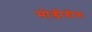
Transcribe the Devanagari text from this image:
मोडीतील